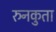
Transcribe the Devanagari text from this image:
रुनकुता